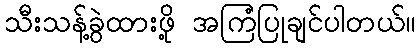
သီးသန့်ခွဲထားဖို့ အကြံပြုချင်ပါတယ်။